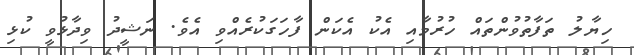
ހިޔާލު ތަފާތުވުންތައް ހުރުމާއި އެކު އެކަން ފާހަގަކުރެއްވި އެވެ. ނަޝީދު ވިދާޅުވީ ކުޅި